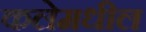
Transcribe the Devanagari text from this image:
कलेमधील